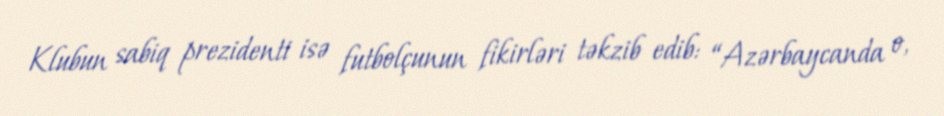
Klubun sabiq prezidenti isə futbolçunun fikirləri təkzib edib: “Azərbaycanda o,